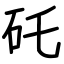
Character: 矺